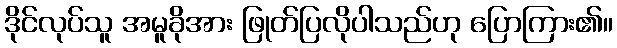
ဒိုင်လုပ်သူ အမူခိုအား ဖြုတ်ပြလိုပါသည်ဟု ပြောကြား၏။